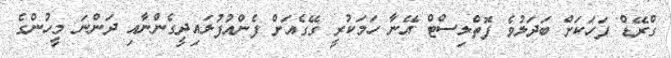
ގްރޭޑް ފަހަކަށް ބަދަލުވެ ފޮތްލިސްޓް އޭނާ ހަމަކުރީ ގޭގެއަށް ފެންއުފުލައިދީގެންނާއި ދަންނަ މީހުންގެ